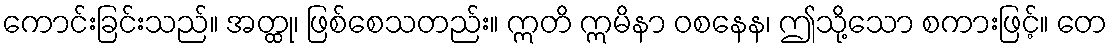
ကောင်းခြင်းသည်။ အတ္ထု၊ ဖြစ်စေသတည်း။ ဣတိ ဣမိနာ ဝစနေန၊ ဤသို့သော စကားဖြင့်။ တေ